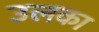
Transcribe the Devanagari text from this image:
उलका